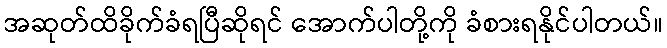
အဆုတ်ထိခိုက်ခံရပြီဆိုရင် အောက်ပါတို့ကို ခံစားရနိုင်ပါတယ်။